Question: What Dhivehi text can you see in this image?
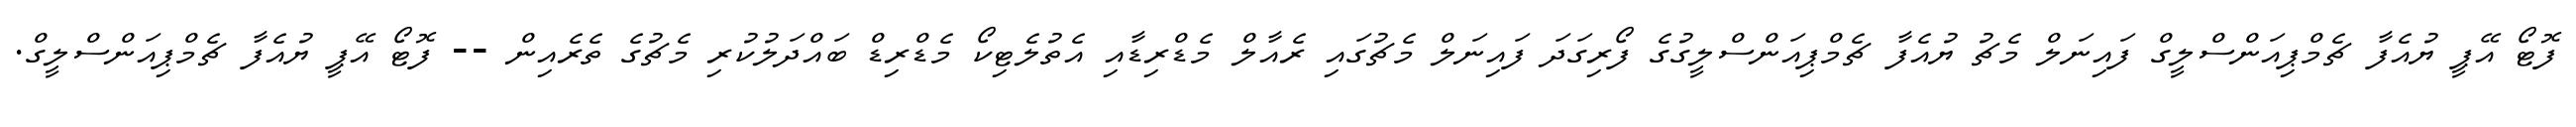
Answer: ފޮޓޯ އޭޕީ ޔުއެފާ ޗެމްޕިއަންސްލީގް ފައިނަލް މެޗު ޔުއެފާ ޗެމްޕިއަންސްލީގުގެ ފޯރިގަދަ ފައިނަލް މެޗުގައި ރެއާލް މެޑްރިޑާއި އެތުލެޓިކޯ މެޑްރިޑް ބައްދަލުކުރި މެޗުގެ ތެރެއިން -- ފޮޓޯ އޭޕީ ޔުއެފާ ޗެމްޕިއަންސްލީގް.